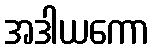
အဒါယကော